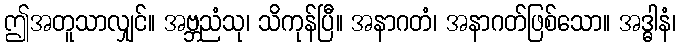
ဤအတူသာလျှင်။ အဗ္ဘညံသု၊ သိကုန်ပြီ။ အနာဂတံ၊ အနာဂတ်ဖြစ်သော။ အဒ္ဓါနံ၊